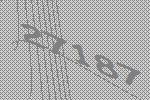
27187